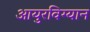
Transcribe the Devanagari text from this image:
आयुरविग्यान